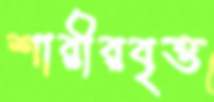
শারীরবৃত্ত